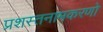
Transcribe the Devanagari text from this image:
प्रशस्तनामकरणो